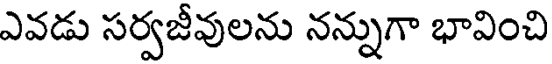
ఎవడు సర్వజీవులను నన్నుగా భావించి